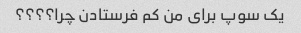
یک سوپ برای من کم فرستادن چرا؟؟؟؟